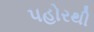
પહોરથી